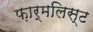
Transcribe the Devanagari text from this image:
फ़ार्मलिस्ट